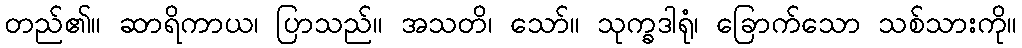
တည်၏။ ဆာရိကာယ၊ ပြာသည်။ အသတိ၊ သော်။ သုက္ခဒါရုံ၊ ခြောက်သော သစ်သားကို။